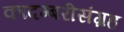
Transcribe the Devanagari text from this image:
कादम्बरीसंग्रह